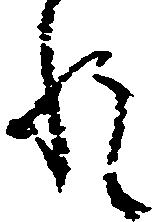
れ